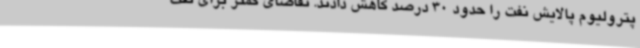
پترولیوم پالایش نفت را حدود 30 درصد کاهش دادند. تقاضای کمتر برای نفت